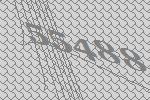
55488